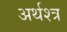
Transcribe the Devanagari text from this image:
अर्थश्त्र